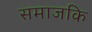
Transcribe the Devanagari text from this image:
समाजकि